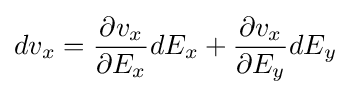
dv_{x}={\partial v_{x} \over \partial E_{x}}dE_{x}+{\partial v_{x} \over \partial E_{y}}dE_{y}